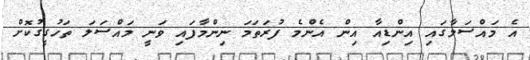
އެ މައްސަލާގައި އިންޑިއާ އިން އެންމެ ފުރަތަމަ ނިންމާފައި ވަނީ މައްސަލަ ތަހުގީގުކޮށް